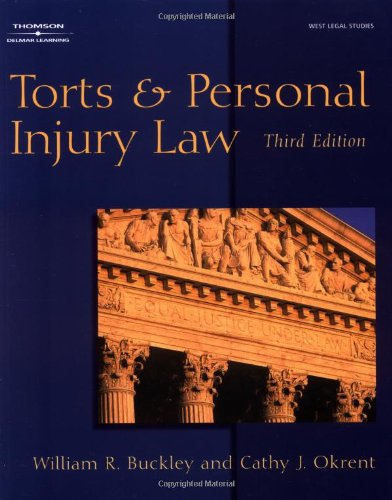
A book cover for Torts & Personal Injury Law; William Buckley; Law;